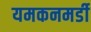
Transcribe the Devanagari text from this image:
यमकनमर्डी